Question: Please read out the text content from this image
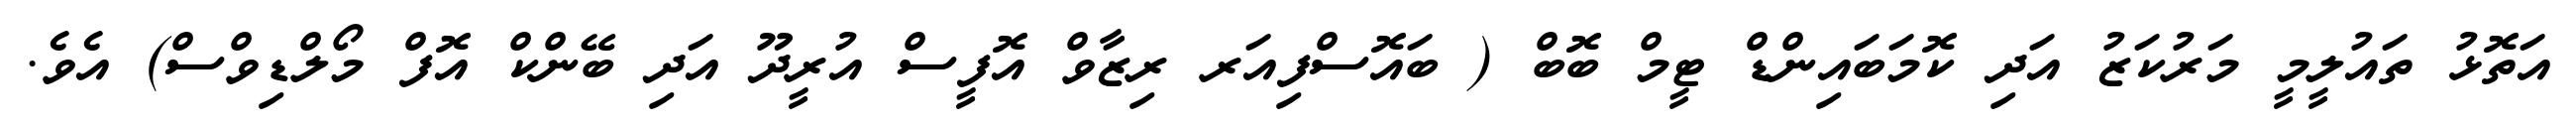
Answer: އަތޮޅު ތައުލީމީ މަރުކަޒު އަދި ކޮމަބައިންޑް ޓީމް ބޮބް ( ބައޮސްފިއަރ ރިޒާވް އޮފީސް އުރީދޫ އަދި ބޭންކް އޮފް މޯލްޑިވްސް) އެވެ.